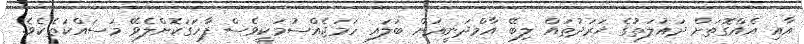
އާއި އެއްގޮތަށް ދައުލަތުގެ ޚަރަދުތައް ލިބޭ އާމްދަނީއަށް ބަލައި ހަމަޖެއްސުމަކީވެސް ފާހަގަކޮށްލެވޭ މަސައްކަތެކެވެ.